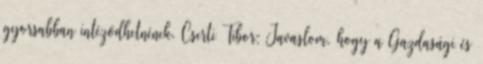
gyorsabban intéződhetnének. Cserti Tibor: Javaslom, hogy a Gazdasági és